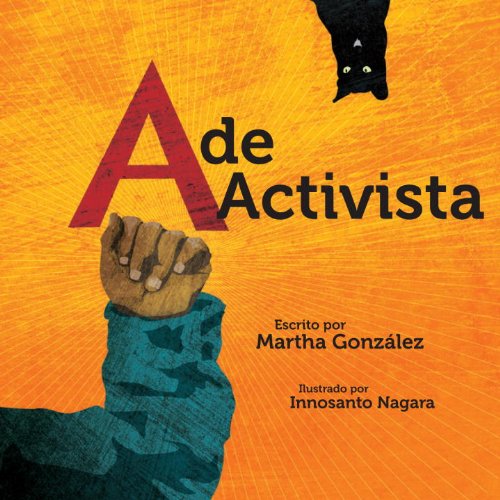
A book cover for A de activista (Spanish Edition); Martha E. Gonzalez; Children's Books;